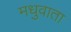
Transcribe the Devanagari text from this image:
मधुवाता